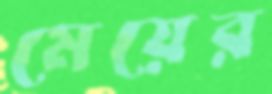
মেয়ের